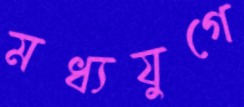
মধ্যযুগে